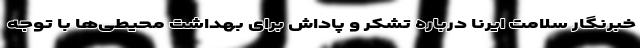
خبرنگار سلامت ایرنا درباره تشکر و پاداش برای بهداشت محیطی‌ها با توجه